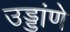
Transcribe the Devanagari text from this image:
उड्डांणे